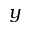
y